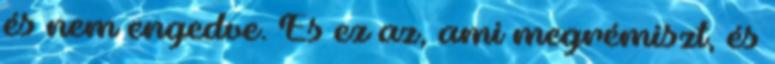
és nem engedve. És ez az, ami megrémiszt, és